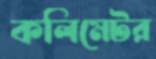
কলিমেটর